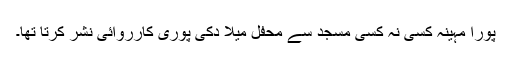
پورا مہینہ کسی نہ کسی مسجد سے محفل میلا دکی پوری کارروائی نشر کرتا تھا۔